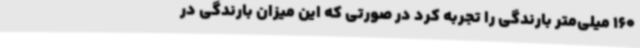
160 میلی‌متر بارندگی را تجربه کرد در صورتی که این میزان بارندگی در